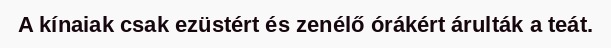
A kínaiak csak ezüstért és zenélő órákért árulták a teát.